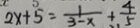
2 x + 5 = \frac { 1 } { 3 - x } + \frac { 4 } { 5 }